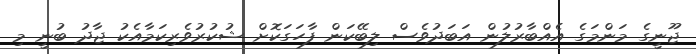
ޖޫނީގެ މަންމަގެ އެއްބާރުލުން އަބަދުވެސް ލިބޭކަން ފާހަގަކޮށް ޝުކުރުވެރިކަމާއެކު ޖާދު ބުނީ މި